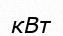
кВт